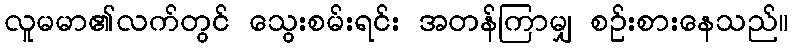
လူမမာ၏လက်တွင် သွေးစမ်းရင်း အတန်ကြာမျှ စဉ်းစားနေသည်။